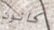
كانون